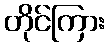
တိုင်ကြား